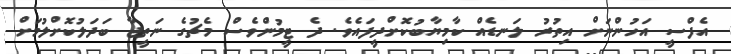
އެފްސީ އަހުންނަށް އިތުރު ލަނޑެއް ކާމިޔާބުކޮށްދީފައެވެ. ދެ ޓީމުންވެސް މެޗުގެ ނަތީޖާ ބަދަލުކޮށްލުމަށް